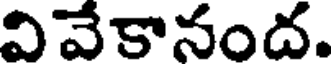
వివేకానంద.